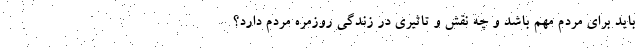
باید برای مردم مهم باشد و چه نقش و تاثیری در زندگی روزمره مردم دارد؟